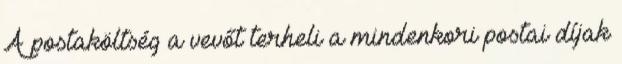
A postaköltség a vevőt terheli a mindenkori postai díjak